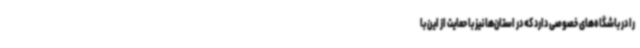
را در باشگاه‌های خصوصی دارد که در استان‌ها نیز با حمایت از این با